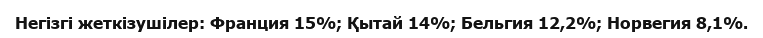
Негізгі жеткізушілер: Франция 15%; Қытай 14%; Бельгия 12,2%; Норвегия 8,1%.